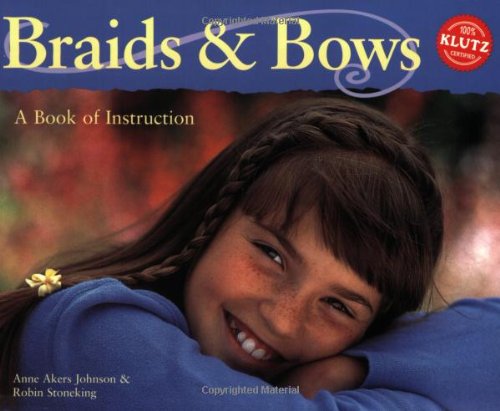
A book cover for Braids and Bows: A Book of Instruction; Health, Fitness & Dieting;